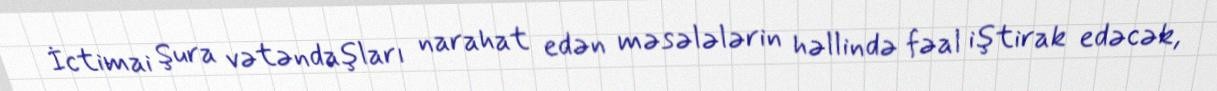
İctimai Şura vətəndaşları narahat edən məsələlərin həllində fəal iştirak edəcək,